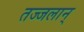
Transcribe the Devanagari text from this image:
तज्जलान्